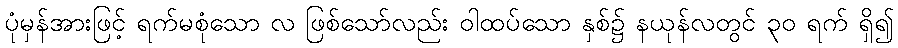
ပုံမှန်အားဖြင့် ရက်မစုံသော လ ဖြစ်သော်လည်း ဝါထပ်သော နှစ်၌ နယုန်လတွင် ၃၀ ရက် ရှိ၍